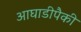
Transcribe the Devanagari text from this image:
आघाडीपैकी